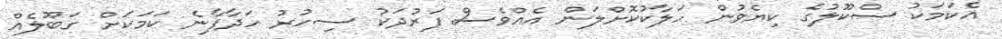
އެކަމަކު ސްކޫލުގެ ކިޔެވުން ހަލާކުކޮށްލަން އެއްވެސް ފަރުދަކު ސިހުރު ހަދާފާނެ ކަމަކަށް ގަބޫލެއް